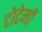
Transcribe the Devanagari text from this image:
टोटेमों